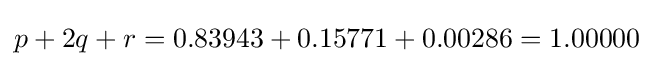
p+2q+r=0.83943+0.15771+0.00286=1.00000